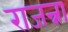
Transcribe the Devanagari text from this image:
राजन्ना